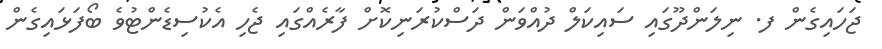
ޖަހައިގެން ފ. ނިލަންދޫގައި ސައިކަލް ދުއްވަން ދަސްކުރަނިކޮށް ފާރެއްގައި ޖެހި އެކުސިޑެންޓުވެ ބޯފަޅައިގެން